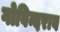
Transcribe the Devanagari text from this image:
गोविन्दराव